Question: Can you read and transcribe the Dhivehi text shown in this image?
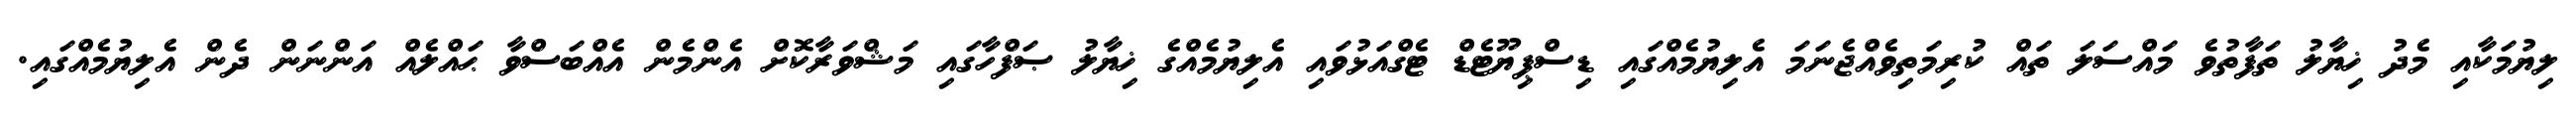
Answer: ލިޔުމަކާއި މެދު ޚިޔާލު ތަފާތުވެ މައްސަލަ ތައް ކުރިމަތިވެއްޖެނަމަ އެލިޔުމެއްގައި ޑިސްޕިޔޫޓެޑް ޓެގްއަޅުވައި އެލިޔުމެއްގެ ޚިޔާލު ޞަފްހާގައި މަޝްވަރާކޮށް އެންމެން އެއްބަސްވާ ޙައްލެއް އަންނަން ދެން އެލިޔުމެއްގައި.